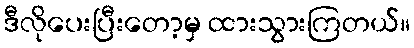
ဒီလိုပေးပြီးတော့မှ ထားသွားကြတယ်။